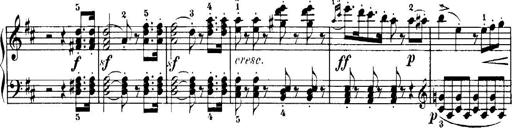
Title: 7 Sonatinas
Composer: Anton Diabelli